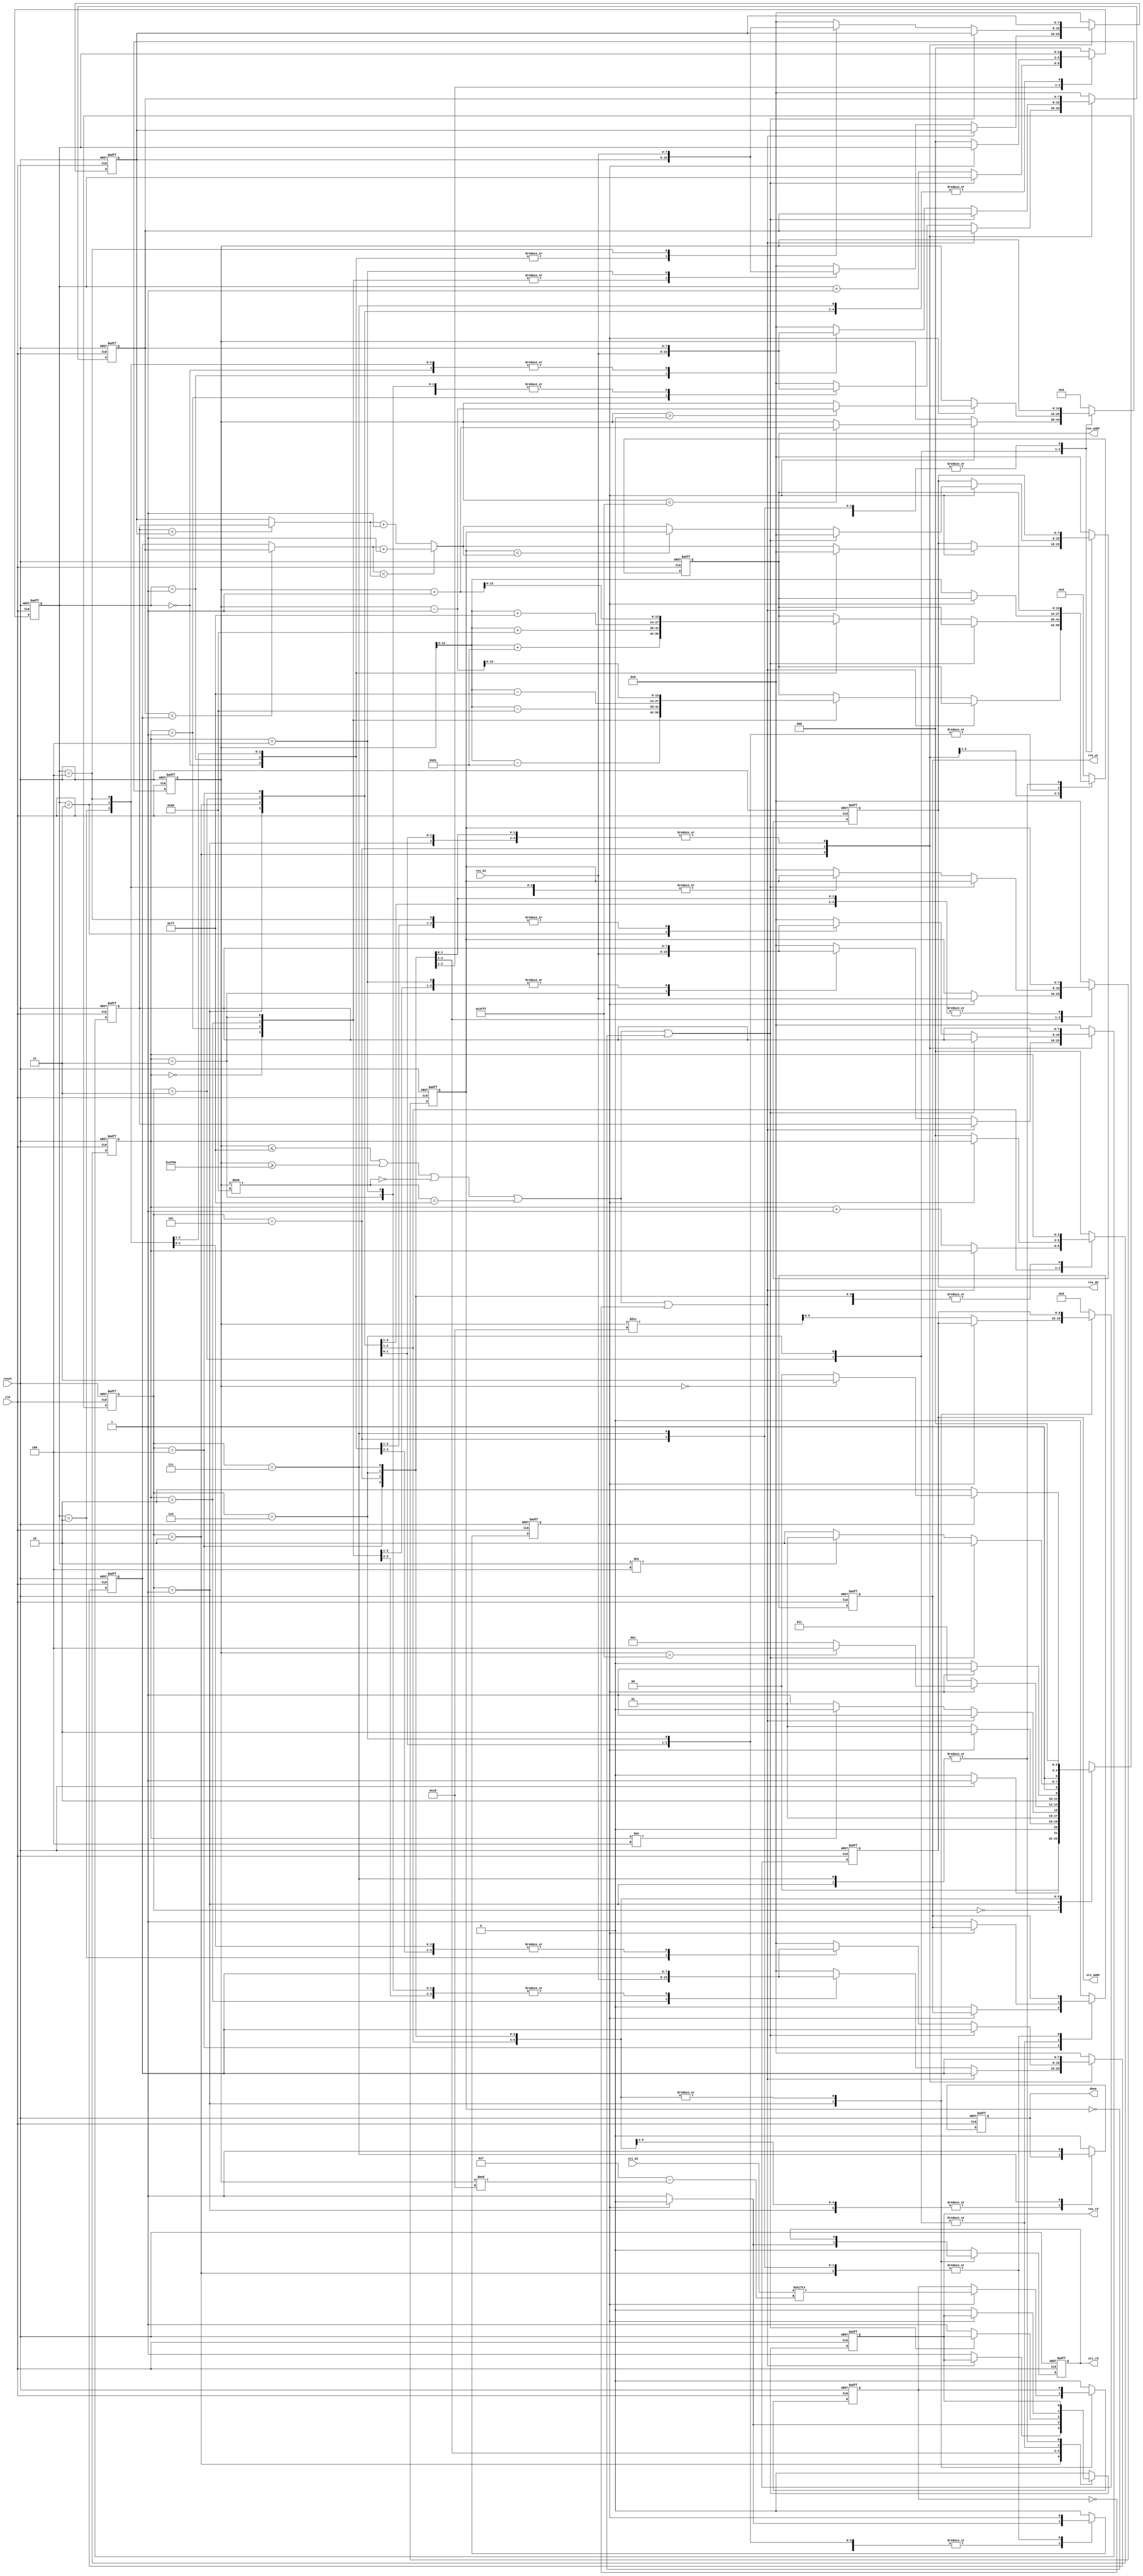
module DT(
	input 			clk, 
	input			reset,
	output	reg		done ,
	output	reg		sti_rd ,
	output	reg 	[9:0]	sti_addr ,
	input		[15:0]	sti_di,
	output	reg		res_wr ,
	output	reg		res_rd ,
	output	reg 	[13:0]	res_addr ,
	output	reg 	[7:0]	res_do,
	input		[7:0]	res_di
	);

reg [2:0] cur_state, nxt_state;
parameter 	IDLE		= 3'd0,
			SELF1		= 3'd1,
			READ1 		= 3'd2,
			FORWARD 	= 3'd3,
			SELF2		= 3'd4,
			READ2 		= 3'd5,
			BACKWARD 	= 3'd6,
			FINAL 		= 3'd7;

reg judge;

reg [2:0] counter1; //for READ1
reg [2:0] counter2; //for READ2

reg [14:0] index;

reg [7:0] a,b,c,d,e;

reg flag;

wire [7:0] compare1, compare2, forwardresult, backwardresult;
assign compare1 = (a < b) ? a : b;
assign compare2 = (c < d) ? c : d;
assign forwardresult = (compare1 < compare2) ? (compare1 + 1) : (compare2 + 1);
assign backwardresult= (e < forwardresult) ? e : forwardresult;

always@(posedge clk or negedge reset)
begin
	if(!reset)
	begin
		cur_state <= IDLE;
	end
	else
	begin
		cur_state <= nxt_state;
	end
end

always@(*)
begin
	case(cur_state)
	IDLE:
		nxt_state = (reset) ? SELF1 : IDLE;

	SELF1:
		nxt_state = (flag) ? READ1 : SELF1;
	READ1:
		nxt_state = ( (index <= 127) || (index >= 16256) || (index % 128 == 0) || ((index % 128 == 127)) || (!judge) ) ? FORWARD : ( (counter1 != 4) ? READ1 : FORWARD );
	FORWARD:
		nxt_state = (flag) ? ( (index == 16383) ? SELF2 : SELF1 ) : FORWARD;

	SELF2:
		nxt_state = (flag) ? READ2 : SELF2;
	READ2:
		nxt_state = ( (index <= 127) || (index >= 16256) || (index % 128 == 0) || ((index % 128 == 127)) || (e == 0) ) ? BACKWARD : ( (counter2 != 4) ? READ2 : BACKWARD );
	BACKWARD:
		nxt_state = (flag) ? ( (index == 0) ? FINAL : SELF2 ) : BACKWARD;

	FINAL:
		nxt_state = IDLE;

	default:
		nxt_state = IDLE;			

	endcase
end

always@(posedge clk or negedge reset)
begin
	if(!reset)
	begin
		done 	<= 1'd0;
		sti_rd 	<= 1'd0;
		sti_addr<= 10'd0;
		res_wr 	<= 1'd0;
		res_rd 	<= 1'd0;
		res_addr<= 14'd0;
		res_do 	<= 8'd0;

		judge <= 1'd0;

		counter1 <= 3'd0;
		counter2 <= 3'd0;

		index <= 15'd0;

		a <= 8'd0;
		b <= 8'd0;
		c <= 8'd0;
		d <= 8'd0;	
		e <= 8'd0;

		flag <= 1'd0;		
	end
	else
	begin
		case(cur_state)
		SELF1:
		begin
			res_wr <= 0;	
			if(!flag)
			begin
				sti_rd <= 1;
				sti_addr <= index / 16;

				flag <= 1;
			end
			else
			begin
				sti_rd <= 0;				
				judge <= sti_di[15- index % 16];

				flag <= 0;
			end
		end

		READ1:
		begin
			if( (index <= 127) || (index >= 16256) || (index % 128 == 0) || ((index % 128 == 127)) || (!judge) );
			else
			begin
				counter1 <= counter1 + 1;
				res_rd <= 1;

				case(counter1)
				3'd0:
				begin
					res_addr <= (index - 129);
					// a <= res_di;
				end			
				3'd1:
				begin
					a <= res_di;
					res_addr <= (index - 128);
					// b <= res_di;
				end				
				3'd2:
				begin
					b <= res_di;
					res_addr <= (index - 127);
					// c <= res_di;
				end
				3'd3:
				begin
					c <= res_di;
					res_addr <= (index - 1);
					// d <= res_di;
				end
				3'd4:
				begin
					d <= res_di;
				end
				default:
				begin
					a <= 0;
					b <= 0;
					c <= 0;
					d <= 0;
				end
				endcase
			end
		end

		FORWARD:
		begin
			if(!flag)
			begin
				counter1 <= 0;
				res_rd <= 0;
				res_wr <= 1;
				res_addr <= index;

				flag <= 1;
			end
			else
			begin
				if(index < 16383)
					index <= index + 1;

				if( (index <= 127) || (index >= 16256) || (index % 128 == 0) || ((index % 128 == 127)) || (!judge) )
					res_do <= 8'd0;
				else
					res_do <= forwardresult;

				flag <= 0;
			end
		end

		SELF2:
		begin
			if(!flag)
			begin
				res_wr <= 0;
				res_rd <= 1;
				res_addr <= index;
				flag <= 1;
			end
			else
			begin
				res_rd <= 0;
				e <= res_di;
				flag <= 0;
			end
		end

		READ2:
		begin
			if( (index <= 127) || (index >= 16256) || (index % 128 == 0) || ((index % 128 == 127)) || (e == 0) );
			else
			begin
				counter2 <= counter2 + 1;

				res_rd <= 1;

				case(counter2)
				3'd0:
				begin
					res_addr <= (index + 129);
					// a <= res_di;
				end			
				3'd1:
				begin
					a <= res_di;
					res_addr <= (index + 128);
					// b <= res_di;
				end				
				3'd2:
				begin
					b <= res_di;
					res_addr <= (index + 127);
					// c <= res_di;
				end
				3'd3:
				begin
					c <= res_di;
					res_addr <= (index + 1);
					// d <= res_di;
				end
				3'd4:
				begin
					d <= res_di;
				end
				default:
				begin
					a <= 0;
					b <= 0;
					c <= 0;
					d <= 0;
					e <= 0;
				end
				endcase
			end
		end

		BACKWARD:
		begin
			if(!flag)
			begin
				counter2 <= 0;
				res_rd <= 0;
				res_wr <= 1;
				res_addr <= index;

				flag <= 1;
			end
			else
			begin
				if(index > 0)
					index <= index - 1;

				if( (index <= 127) || (index >= 16256) || (index % 128 == 0) || ((index % 128 == 127)) || (e == 0)  )
					res_do <= 8'd0;
				else
					res_do <= backwardresult;

				flag <= 0;
			end
		end

		FINAL:
		begin
			done <= 1'd1;
		end

		default:
		begin
			done 	<= 1'd0;
			sti_rd 	<= 1'd0;
			sti_addr<= 10'd0;
			res_wr 	<= 1'd0;
			res_rd 	<= 1'd0;
			res_addr<= 14'd0;
			res_do 	<= 8'd0;

			judge <= 1'd0;

			counter1 <= 3'd0;
			counter2 <= 3'd0;

			index <= 15'd0;

			a <= 8'd0;
			b <= 8'd0;
			c <= 8'd0;
			d <= 8'd0;	
			e <= 8'd0;

			flag <= 1'd0;		
		end

		endcase
	end
end


endmodule